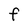
Character: F